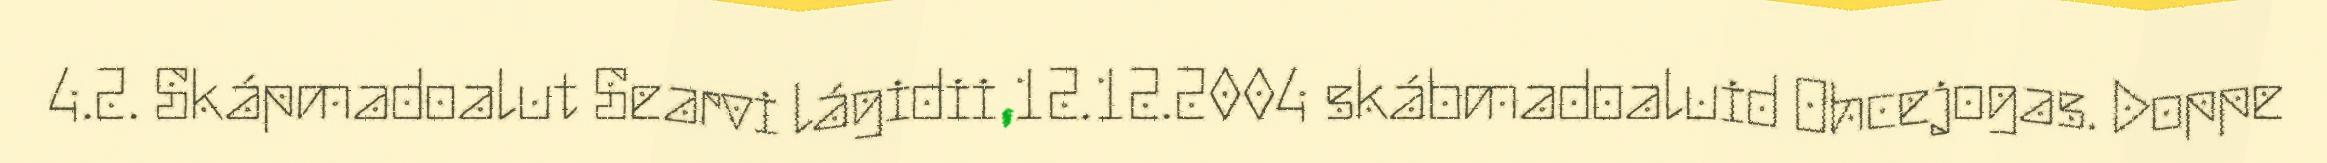
4.2. Skápmadoalut Searvi lágidii 12.12.2004 skábmadoaluid Ohcejogas. Doppe